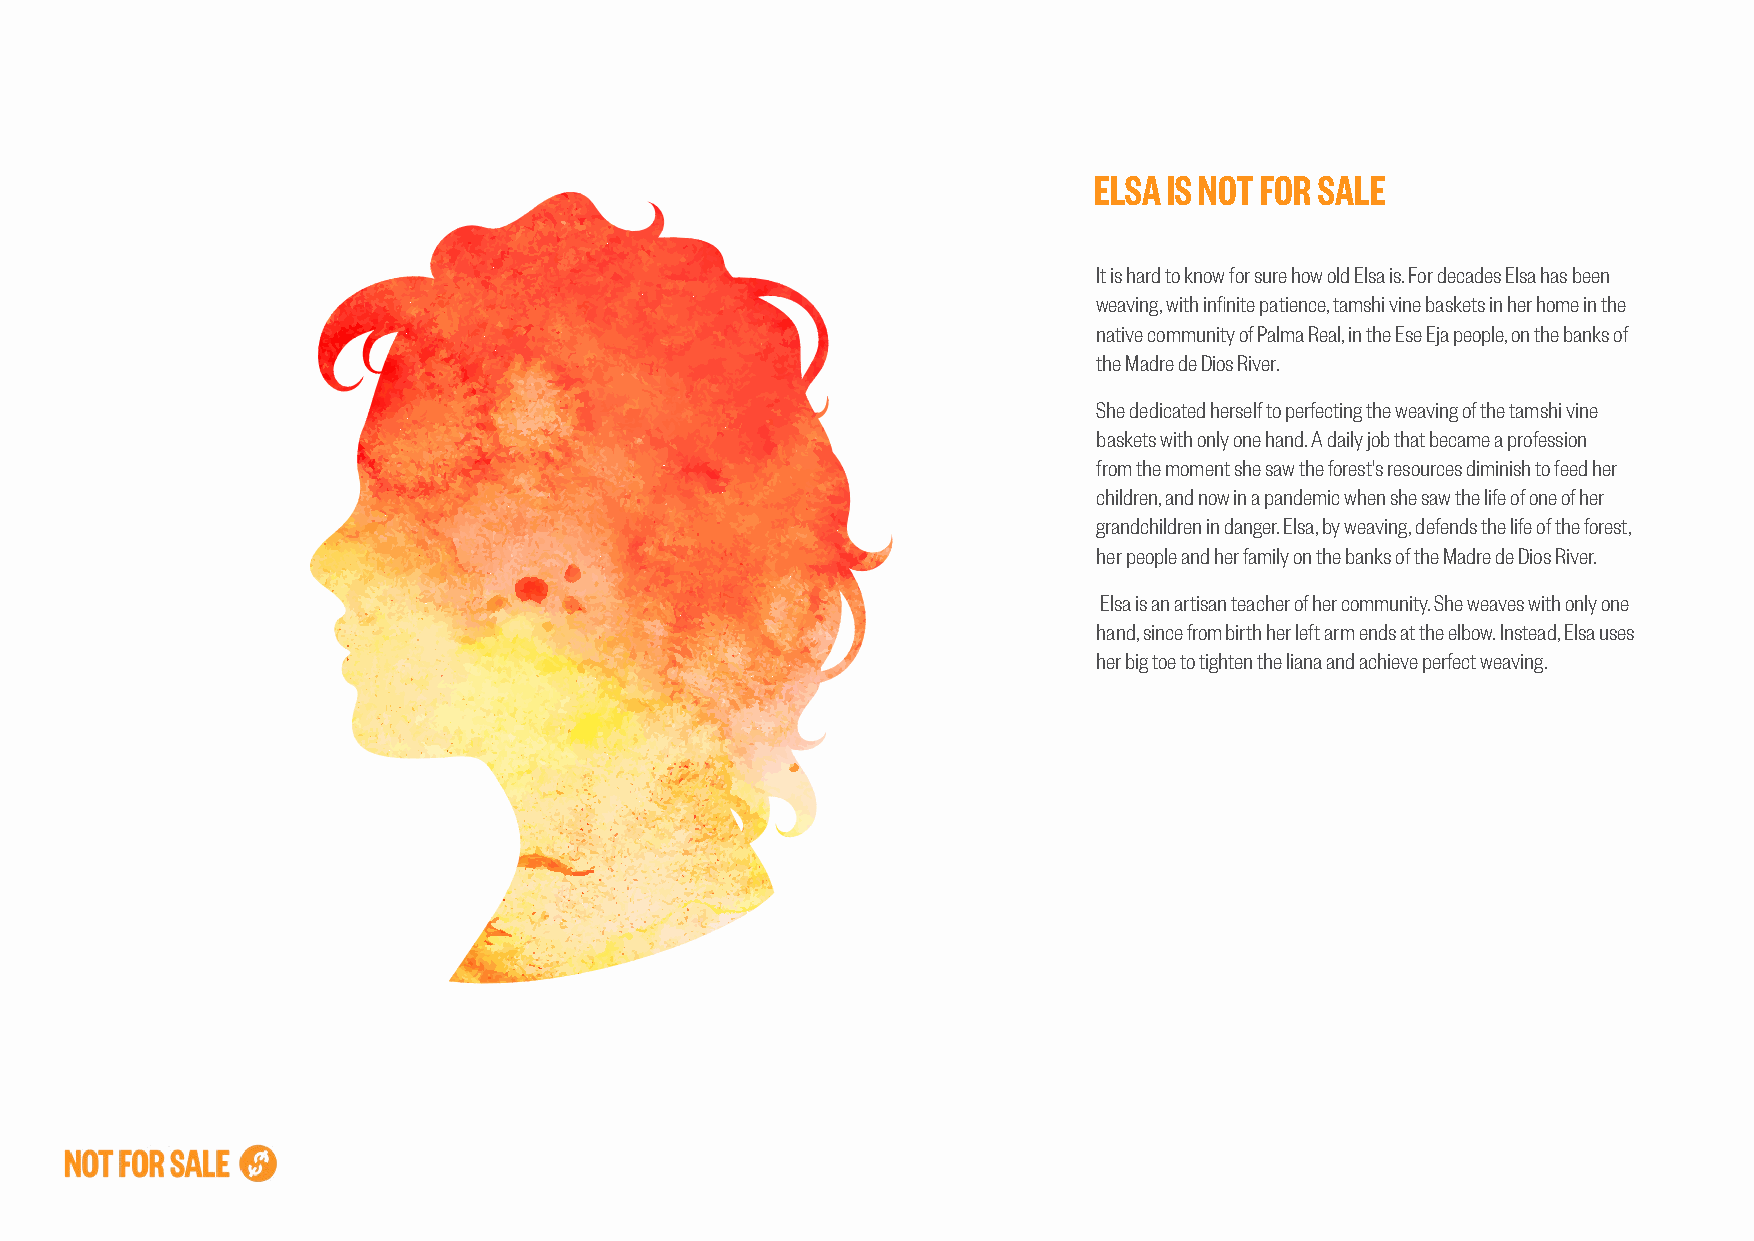
ELSA IS NOT FOR SALE
 It is hard to know for sure how old Elsa is. For decades Elsa has been
 weaving, with infinite patience, tamshi vine baskets in her home in the
 native community of Palma Real, in the Ese Eja people, on the banks of
 the Madre de Dios River.
 She dedicated herself to perfecting the weaving of the tamshi vine
 baskets with only one hand. A daily job that became a profession
 from the moment she saw the forest's resources diminish to feed her
 children, and now in a pandemic when she saw the life of one of her
 grandchildren in danger. Elsa, by weaving, defends the life of the forest,
 her people and her family on the banks of the Madre de Dios River.
 Elsa is an artisan teacher of her community. She weaves with only one
 hand, since from birth her left arm ends at the elbow. Instead, Elsa uses
 her big toe to tighten the liana and achieve perfect weaving.